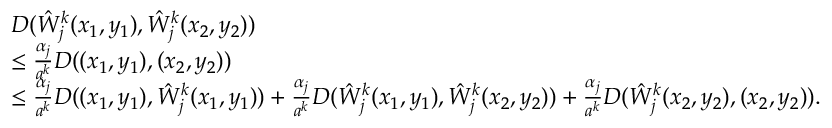
\begin{array} { r l } & { D ( \hat { W } _ { j } ^ { k } ( x _ { 1 } , y _ { 1 } ) , \hat { W } _ { j } ^ { k } ( x _ { 2 } , y _ { 2 } ) ) } \\ & { \le \frac { \alpha _ { j } } { a ^ { k } } D ( ( x _ { 1 } , y _ { 1 } ) , ( x _ { 2 } , y _ { 2 } ) ) } \\ & { \le \frac { \alpha _ { j } } { a ^ { k } } D ( ( x _ { 1 } , y _ { 1 } ) , \hat { W } _ { j } ^ { k } ( x _ { 1 } , y _ { 1 } ) ) + \frac { \alpha _ { j } } { a ^ { k } } D ( \hat { W } _ { j } ^ { k } ( x _ { 1 } , y _ { 1 } ) , \hat { W } _ { j } ^ { k } ( x _ { 2 } , y _ { 2 } ) ) + \frac { \alpha _ { j } } { a ^ { k } } D ( \hat { W } _ { j } ^ { k } ( x _ { 2 } , y _ { 2 } ) , ( x _ { 2 } , y _ { 2 } ) ) . } \end{array}